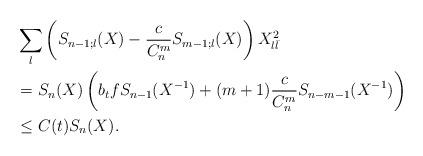
LaTeX: \begin{align*}\begin{aligned}&\sum_l \left(S_{n - 1;l} (X) - \frac{c}{C^m_n} S_{m - 1;l} (X)\right) X^2_{l\bar l} \\&= S_n (X) \left(b_t f S_{n - 1} (X^{-1}) + (m + 1) \frac{c}{C^m_n} S_{n - m - 1} (X^{-1})\right) \\&\leq C(t) S_n (X) . \end{aligned}\end{align*}